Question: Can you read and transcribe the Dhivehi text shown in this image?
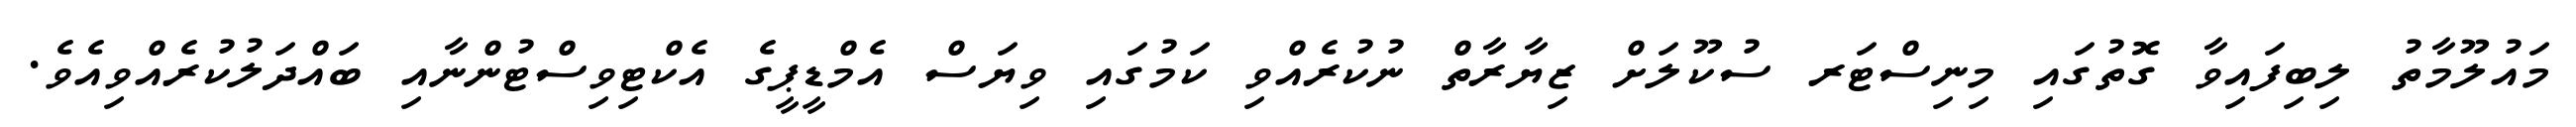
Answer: މައުލޫމާތު ލިބިފައިވާ ގޮތުގައި މިނިސްޓަރ ސުކޫލަށް ޒިޔާރާތް ނުކުރެއްވި ކަމުގައި ވިޔަސް އެމްޑީޕީގެ އެކްޓިވިސްޓުންނާއި ބައްދަލުކުރެއްވިއެވެ.